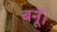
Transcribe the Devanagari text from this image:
बनूँ।